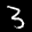
Label: 3